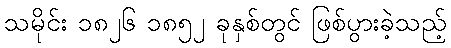
သမိုင်း ၁၈၂၆ ၁၈၅၂ ခုနှစ်တွင် ဖြစ်ပွားခဲ့သည့်